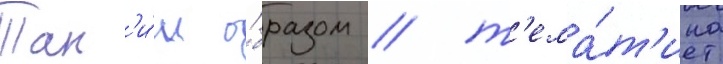
Так'и́м о́бразом / т'ема́т'ика